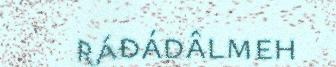
ráđádâlmeh